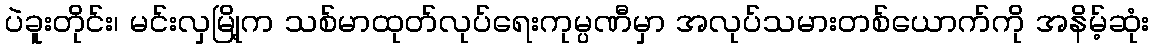
ပဲခူးတိုင်း၊ မင်းလှမြို့က သစ်မာထုတ်လုပ်ရေးကုမ္ပဏီမှာ အလုပ်သမားတစ်ယောက်ကို အနိမ့်ဆုံး